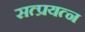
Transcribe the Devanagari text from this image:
सत्प्रयत्न